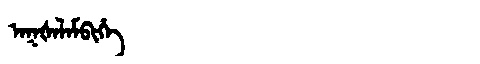
Manchu: ᠠᡴᡧᠠᠯᠠᠮᠪᡳᡥᡝ
Romanization: AKŠALAMBIHE